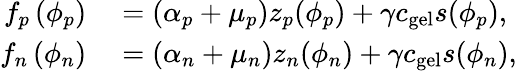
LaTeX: \begin{array}{rl}{f_{p}\left(\phi_{p}\right)}&{{}=(\alpha_{p}+\mu_{p})z_{p}(\phi_{p})+\gamma c_{\mathrm{gel}}s(\phi_{p}),}\\ {f_{n}\left(\phi_{n}\right)}&{{}=(\alpha_{n}+\mu_{n})z_{n}(\phi_{n})+\gamma c_{\mathrm{gel}}s(\phi_{n}),}\end{array}